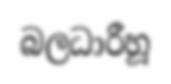
බලධාරීහූ